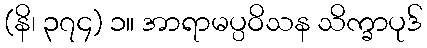
(နိ၊ ၃၇၄) ၁။ အာရာမပ္ပဝိသန သိက္ခာပုဒ်